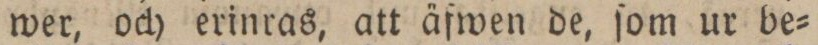
wer, och erinras, att äfwen de, ſom ur be=